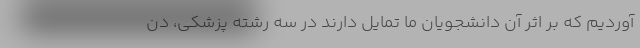
آوردیم که بر اثر آن دانشجویان ما تمایل دارند در سه رشته پزشکی، دن